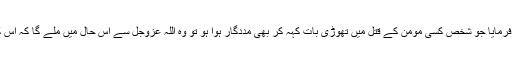
حضرت ابو ھریرہ  سے روایت ہے کہ رسول اللہ ﷺ نے فرمایا جو شخص کسی مومن کے قتل میں تھوڑی بات کہہ کر بھی مددگار ہوا ہو تو وہ اللہ عزوجل سے اس حال میں ملے گا کہ اس کی پیشانی پر اللہ کی رحمت سے مایوس(شخص) لکھا ہوگا۔